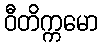
ဝီတိက္ကမော